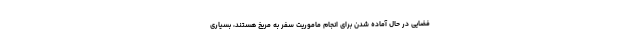
فضایی در حال آماده شدن برای انجام ماموریت سفر به مریخ هستند، بسیاری